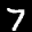
Label: 7